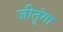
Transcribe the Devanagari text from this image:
जीतूंगा